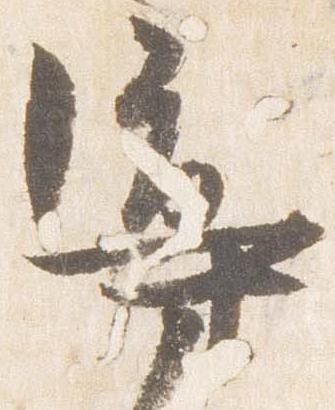
導